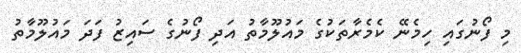
މި ފޯނުގައި ހިމެނޭ ކެމެރާތަކުގެ މައުލޫމާތު އަދި ފޯނުގެ ސައިޒު ފަދަ މައުލޫމާތު